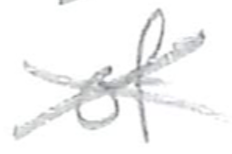
Text: of
Cross-out: cross
Writing tool: pencil